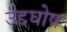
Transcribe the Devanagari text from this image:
उद्दघोष